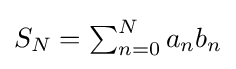
{\textstyle S_{N}=\sum _{n=0}^{N}a_{n}b_{n}}